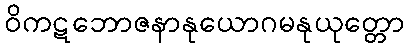
ဝိကဋဘောဇနာနုယောဂမနုယုတ္တော